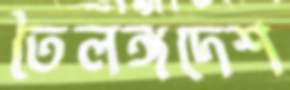
তৈলঙ্গদেশ